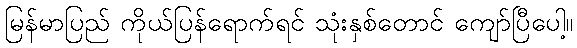
မြန်မာပြည် ကိုယ်ပြန်ရောက်ရင် သုံးနှစ်တောင် ကျော်ပြီပေါ့။